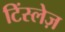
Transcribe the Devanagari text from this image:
टिंस्लेज़